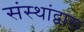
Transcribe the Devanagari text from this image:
संस्थांद्वारा